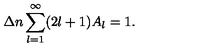
\Delta n \sum _ { l = 1 } ^ { \infty } ( 2 l + 1 ) A _ { l } = 1 { . }